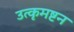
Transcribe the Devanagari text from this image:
उत्कृमष्टन